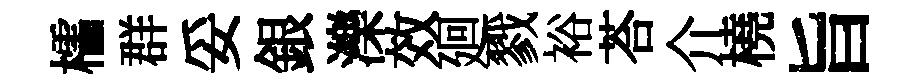
櫺群妥銀濼效廻戮裕荅介橈旨